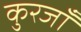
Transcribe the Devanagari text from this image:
कुरजाँ